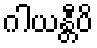
ဂါယန္တီပိ